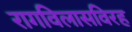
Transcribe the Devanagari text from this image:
रागविलासविरह